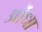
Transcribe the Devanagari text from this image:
ओंधा